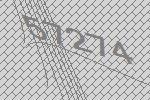
57274